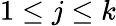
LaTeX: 1\leq j\leq k